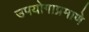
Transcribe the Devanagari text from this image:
उपयोगाप्रमाणे